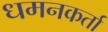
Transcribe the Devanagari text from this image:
धमनकर्ता